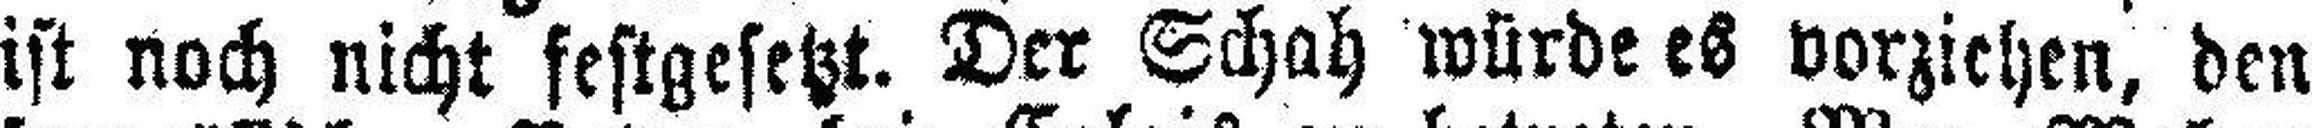
ist noch nicht festgesetzt. Der Schah würde es vorziehen, den